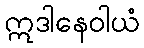
ဣဒါနေဝါယံ